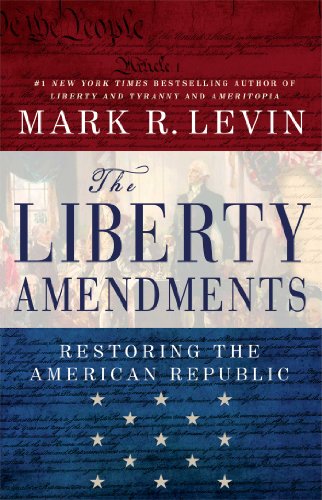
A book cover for The Liberty Amendments; Mark R. Levin; Law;